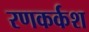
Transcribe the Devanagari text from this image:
रणकर्कश